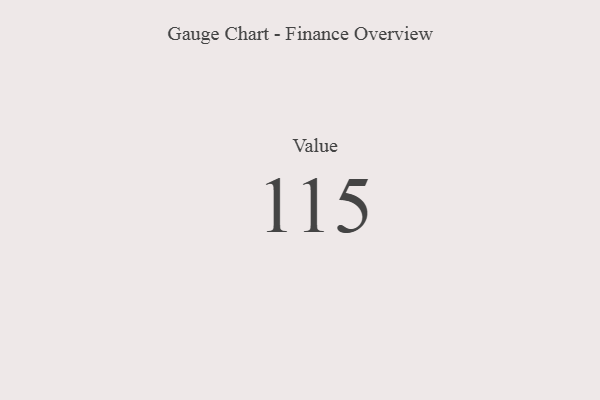
{"axis": {"x": "Metric", "y": "Value"}, "legend": [""], "data": [{"x": "Value", "y": 115, "type": ""}]}